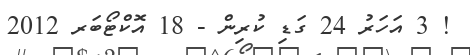
! 3 އަހަރު 24 ގަޑި ކުރިން - 18 އޮކްޓޯބަރ 2012